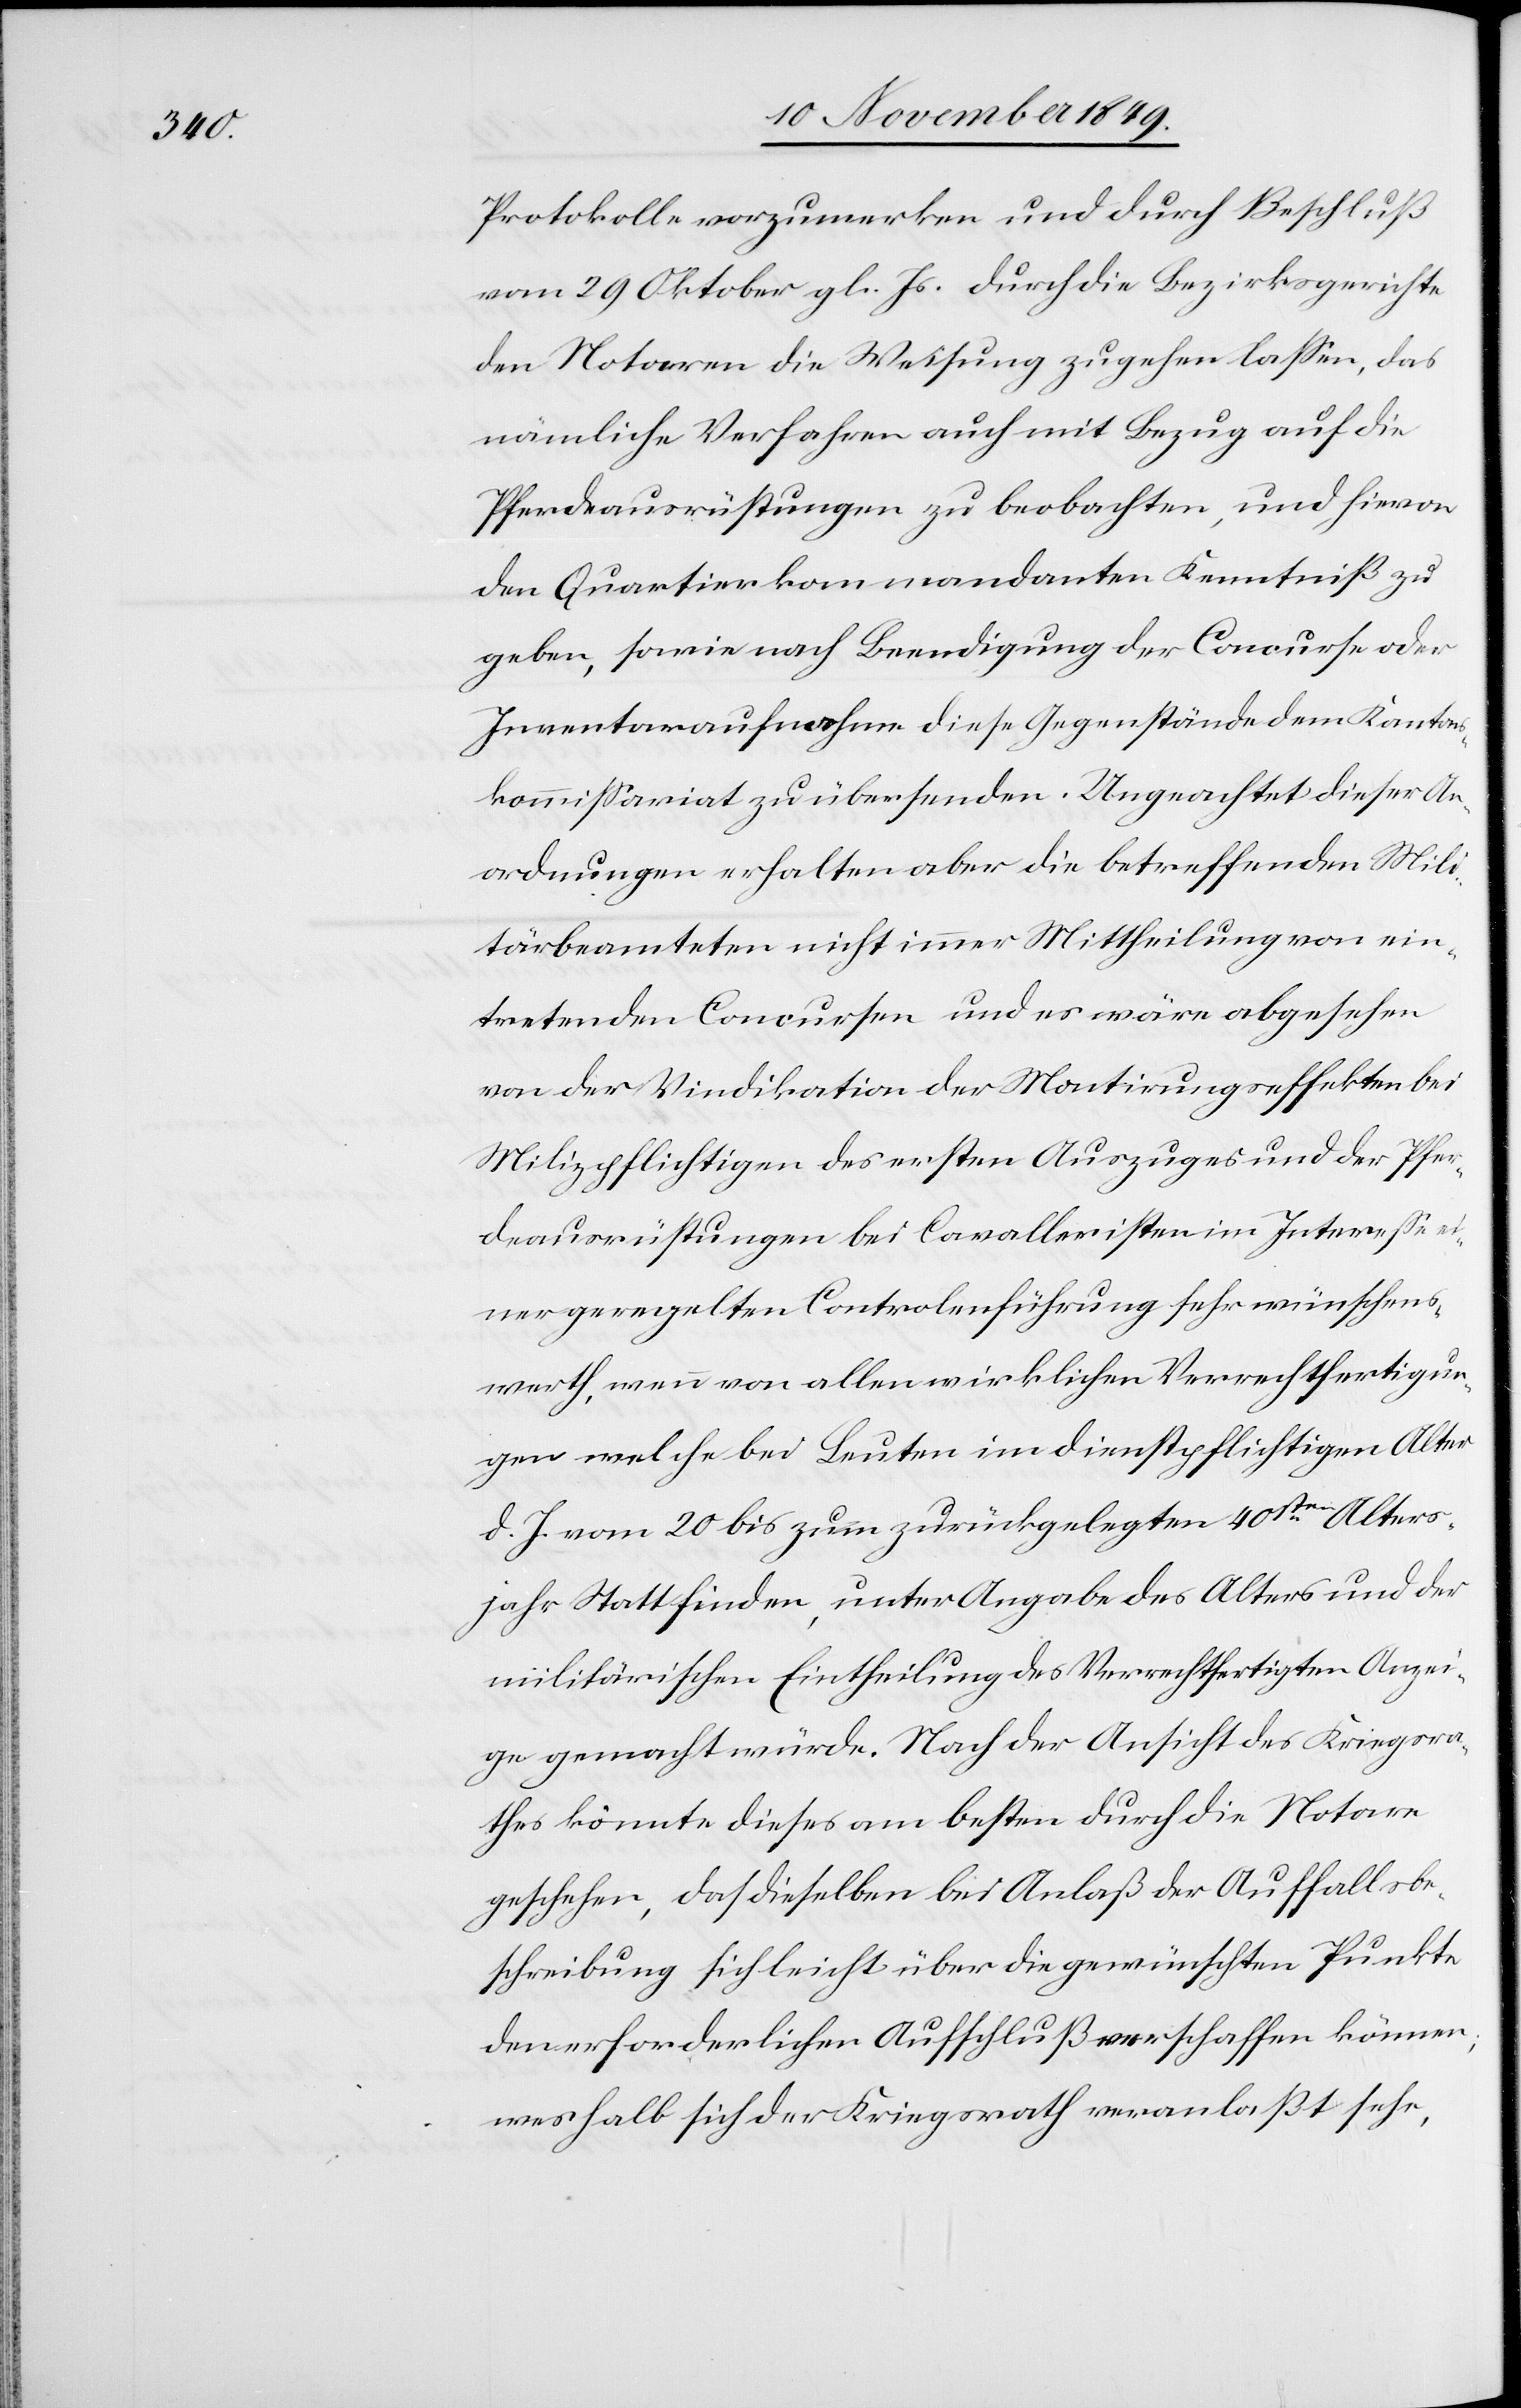
Protokolle vorzumerken und durch Beschluß
vom 29 Oktober gl. Js. durch die Bezirksgerichte
den Notaren die Weisung zugehen laßen, das
nämliche Verfahren auch mit Bezug auf die
Pferdeausrüstungen zu beobachten, und hievon
den Quartierkommandanten Kenntniß zu
geben, sowie nach Beendigung der Concurse oder
Inventaraufnahme diese Gegenstände dem Kantons¬
kommißariat zu übersenden. Ungeachtet dieser An¬
ordnungen erhalten aber die betreffenden Mili¬
tärbeamteten nicht immer Mittheilung von ein¬
tretenden Concursen und es wäre abgesehen
von der Vindikation der Montirugseffekten bei
Milizpflichtigen des ersten Auszuges und der Pfer¬
deausrüstungen bei Cavalleristen im Intereße ei¬
ner geregelten Controlführung sehr wünschens¬
werth, wenn von allen wirklichen Verrechtfertigun¬
gen welche bei Leuten im dienstpflichtigen Alter
d. J. vom 20 bis zum zurückgelegten 40sten Alters¬
jahr stattfinden, unter Angabe des Alters und der
militärischen Eintheilung des Verrechtfertigten Anzei¬
ge gemacht würde. Nach der Ansicht des Kriegsra¬
thes könnte dieses am besten durch die Notare
geschehen, da dieselben bei Anlaß der Auffallsbe¬
schreibung sich leicht über die gewünschten Punkte
den erforderlichen Aufschluß verschaffen können;
weshalb sich der Kriegsrath veranlaßt sehe,